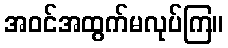
အဝင်အထွက်မလုပ်ကြ။